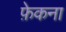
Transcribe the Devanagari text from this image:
फ़ेकना